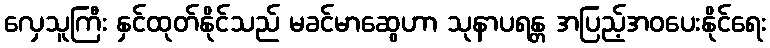
လှေသူကြီး နှင်ထုတ်နိုင်သည် မခင်မာဆွေဟာ သုနာပရန္တ အပြည့်အဝပေးနိုင်ရေး